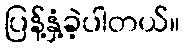
ပြန့်နှံ့ခဲ့ပါတယ်။